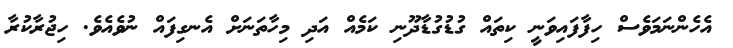
އެހެންނަމަވެސް ހިފާފައިވަނީ ކިތައް ގުޑުގުޑާދޫނި ކަމެއް އަދި މިހާތަނަށް އެނގިފައް ނުވެއެވެ. ހިޖުރާކުރާ